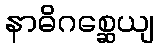
နာဓိဂစ္ဆေယျ